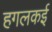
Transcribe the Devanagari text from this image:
हगलकई